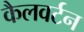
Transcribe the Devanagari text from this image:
कैलवर्टन